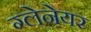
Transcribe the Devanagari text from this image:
ग्लेनेयर